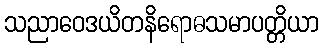
သညာဝေဒယိတနိရောဓသမာပတ္တိယာ